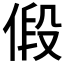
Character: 𪝒